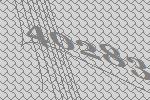
40283